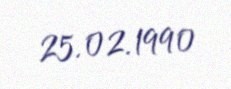
25.02.1990